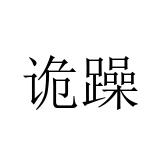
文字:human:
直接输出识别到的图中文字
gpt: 诡躁